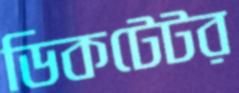
ডিকটেটর